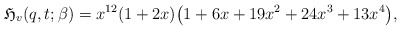
\begin{gather*}\mathfrak{H}_{v}(q,t ; \beta) = x^{12} (1+2 x)\big(1+6 x+19 x^2 + 24 x^3 + 13 x^4\big),\end{gather*}